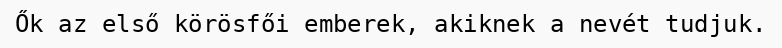
Ők az első körösfői emberek, akiknek a nevét tudjuk.